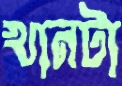
খানটা